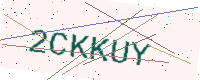
Text: 2CKKUY